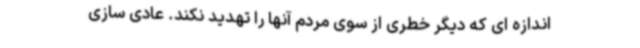
اندازه ای که دیگر خطری از سوی مردم آنها را تهدید نکند. عادی سازی